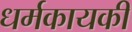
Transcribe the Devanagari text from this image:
धर्मकायकी